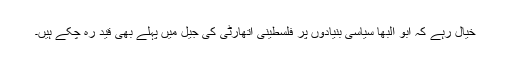
خیال رہے کہ ابو البھا سیاسی بنیادوں پر فلسطینی اتھارٹی کی جیل میں پہلے بھی قید رہ چکے ہیں۔